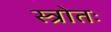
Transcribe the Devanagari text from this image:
स्त्रोतः